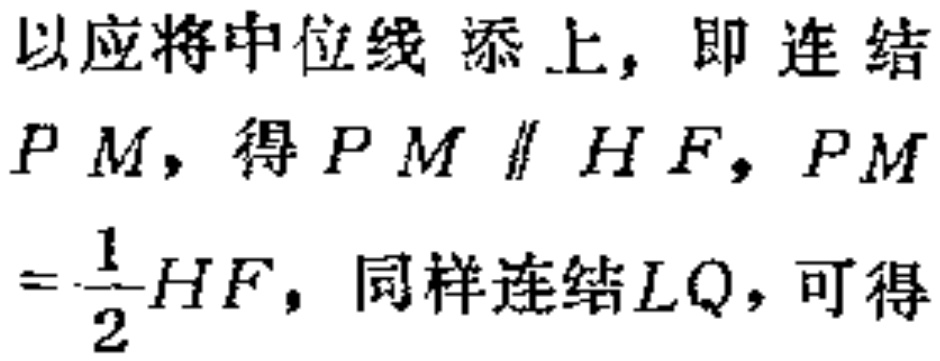
以应将中位线添上，即连结

$PM$，得$PM\parallel HF$，$PM$

$=\frac{1}{2}HF$，同样连结$LQ$，可得